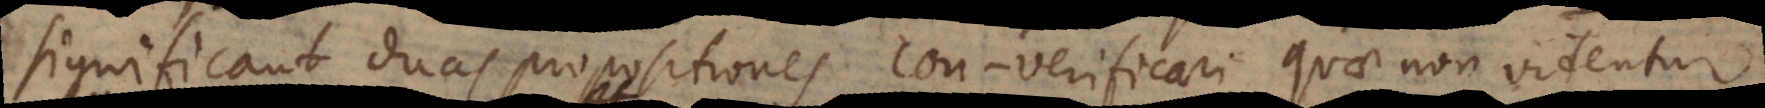
significant duas propositiones con‐verificari, quae non videntur